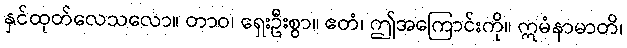
နှင်ထုတ်လေသလော။ တာဝ၊ ရှေးဦးစွာ။ ဧတံ၊ ဤအကြောင်းကို။ ဣမံနာမာတိ၊